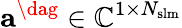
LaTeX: \mathbf{a}^{\dag}\in\mathbb{C}^{1\times N_{\mathrm{{slm}}}}